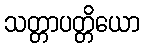
သတ္တာပတ္တိယော